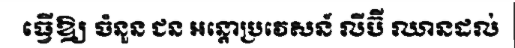
ធ្វើឱ្យ ចំនួន ជន អន្តោប្រវេសន៍ លីប៊ី ឈានដល់